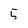
Character: 5